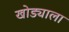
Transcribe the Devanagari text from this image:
खोड्याला